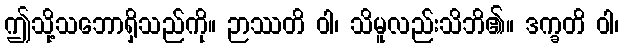
ဤသို့သဘောရှိသည်ကို။ ဉာဿတိ ဝါ၊ သိမူလည်းသိဘိ၏။ ဒက္ခတိ ဝါ၊